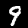
Digit: 9